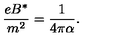
\frac { e B ^ { * } } { m ^ { 2 } } = \frac { 1 } { 4 \pi \alpha } .